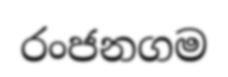
රංජනගම